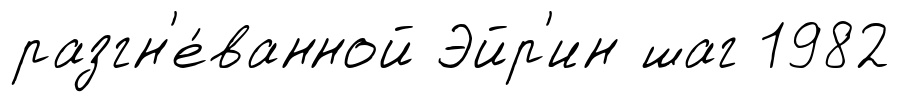
разгн'е́ванной Эйр'ин шаг 1982